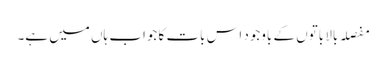
مفصلہ بالا باتوں کے باوجود اس بات کا جواب ہاں میں ہے۔